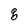
Character: g